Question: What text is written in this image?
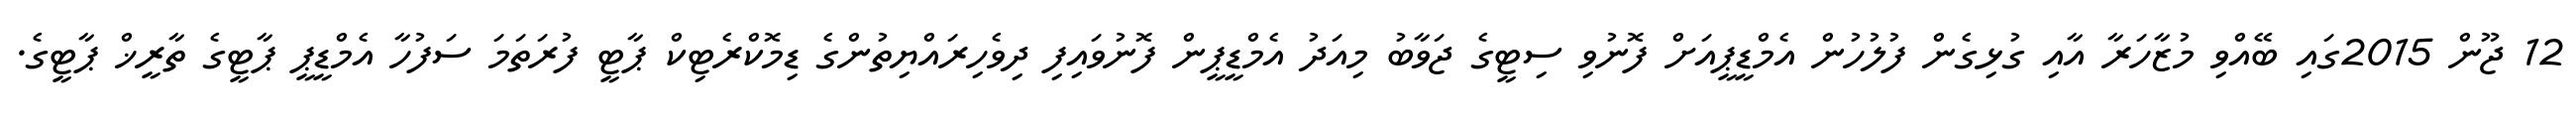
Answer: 12 ޖޫން 2015ގައި ބޭއްވި މުޒާހަރާ އާއި ގުޅިގެން ފުލުހުން އެމްޑީޕީއަށް ފޮނުވި ސިޓީގެ ޖަވާބު މިއަދު އެމްޑީޕީން ފޮނުވައިފި ދިވެހިރައްޔިތުންގެ ޑިމޮކްރެޓިކް ޕާޓީ ފުރަތަމަ ސަފުހާ އެމްޑީޕީ ޕާޓީގެ ތާރީޚް ޕާޓީގެ.